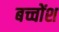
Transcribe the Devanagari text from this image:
बच्चोंश